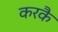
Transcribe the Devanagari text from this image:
करकै